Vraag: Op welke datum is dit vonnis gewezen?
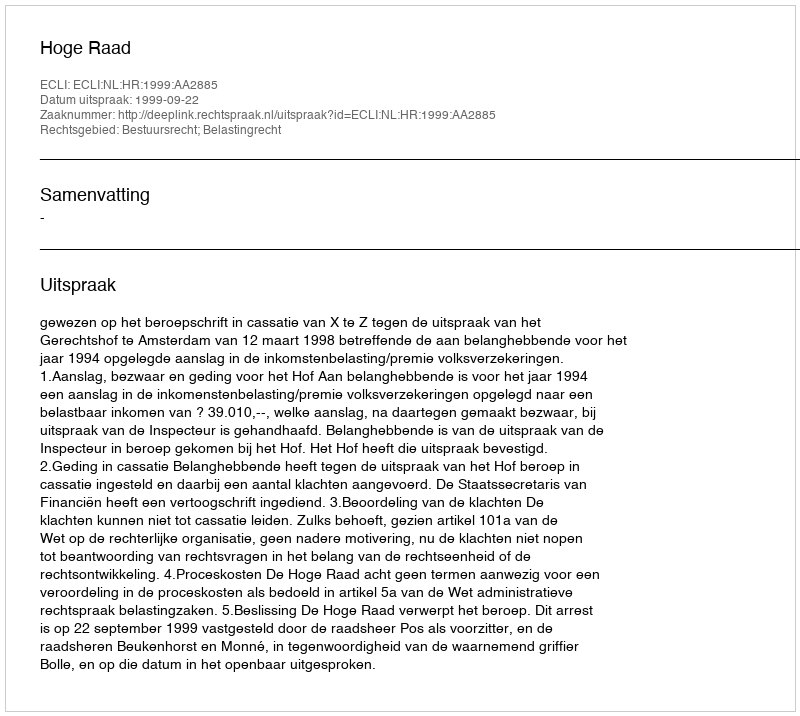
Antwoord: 1999-09-22